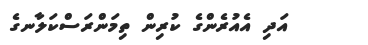
އަދި އެއުރެންގެ ކުރިން ތިމަންރަސްކަލާނގެ